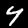
Digit: 4